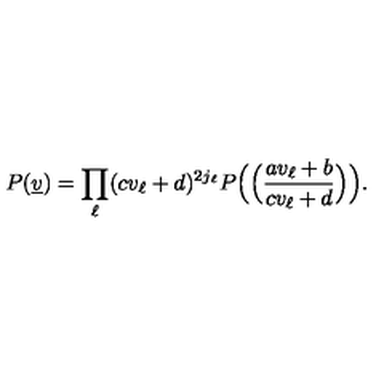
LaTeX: P ( \underline { { v } } ) = \prod _ { \ell } ( c v _ { \ell } + d ) ^ { 2 j _ { \ell } } P \Big ( \Big ( \frac { a v _ { \ell } + b } { c v _ { \ell } + d } \Big ) \Big ) .